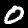
Label: 0